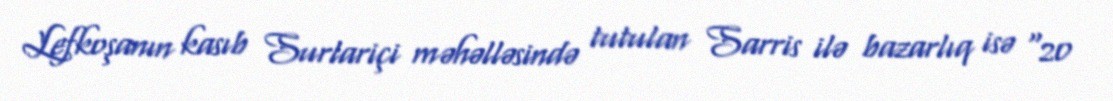
Lefkoşanın kasıb Surlariçi məhəlləsində tutulan Sarris ilə bazarlıq isə "20